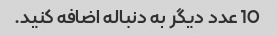
10 عدد دیگر به دنباله اضافه کنید.